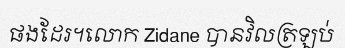
ផងដែរ។លោក Zidane បានវិលត្រឡប់